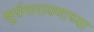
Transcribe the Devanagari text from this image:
सूर्यनारायणाच्या